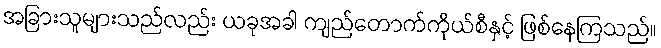
အခြားသူများသည်လည်း ယခုအခါ ကျည်တောက်ကိုယ်စီနှင့် ဖြစ်နေကြသည်။